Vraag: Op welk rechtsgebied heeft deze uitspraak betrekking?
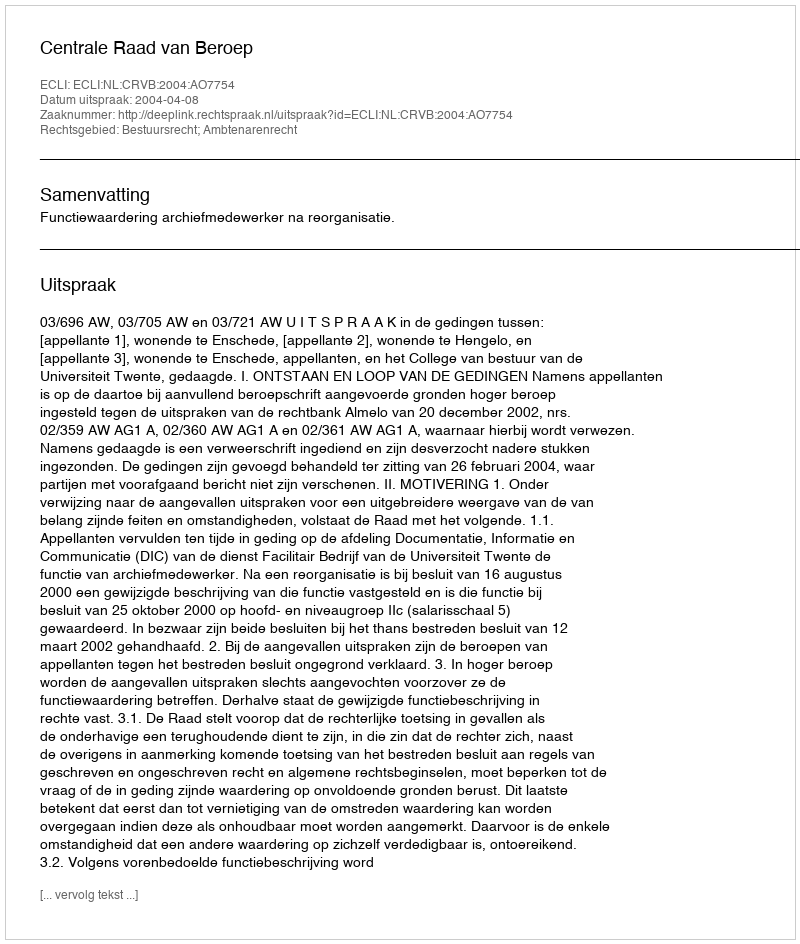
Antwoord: Bestuursrecht; Ambtenarenrecht